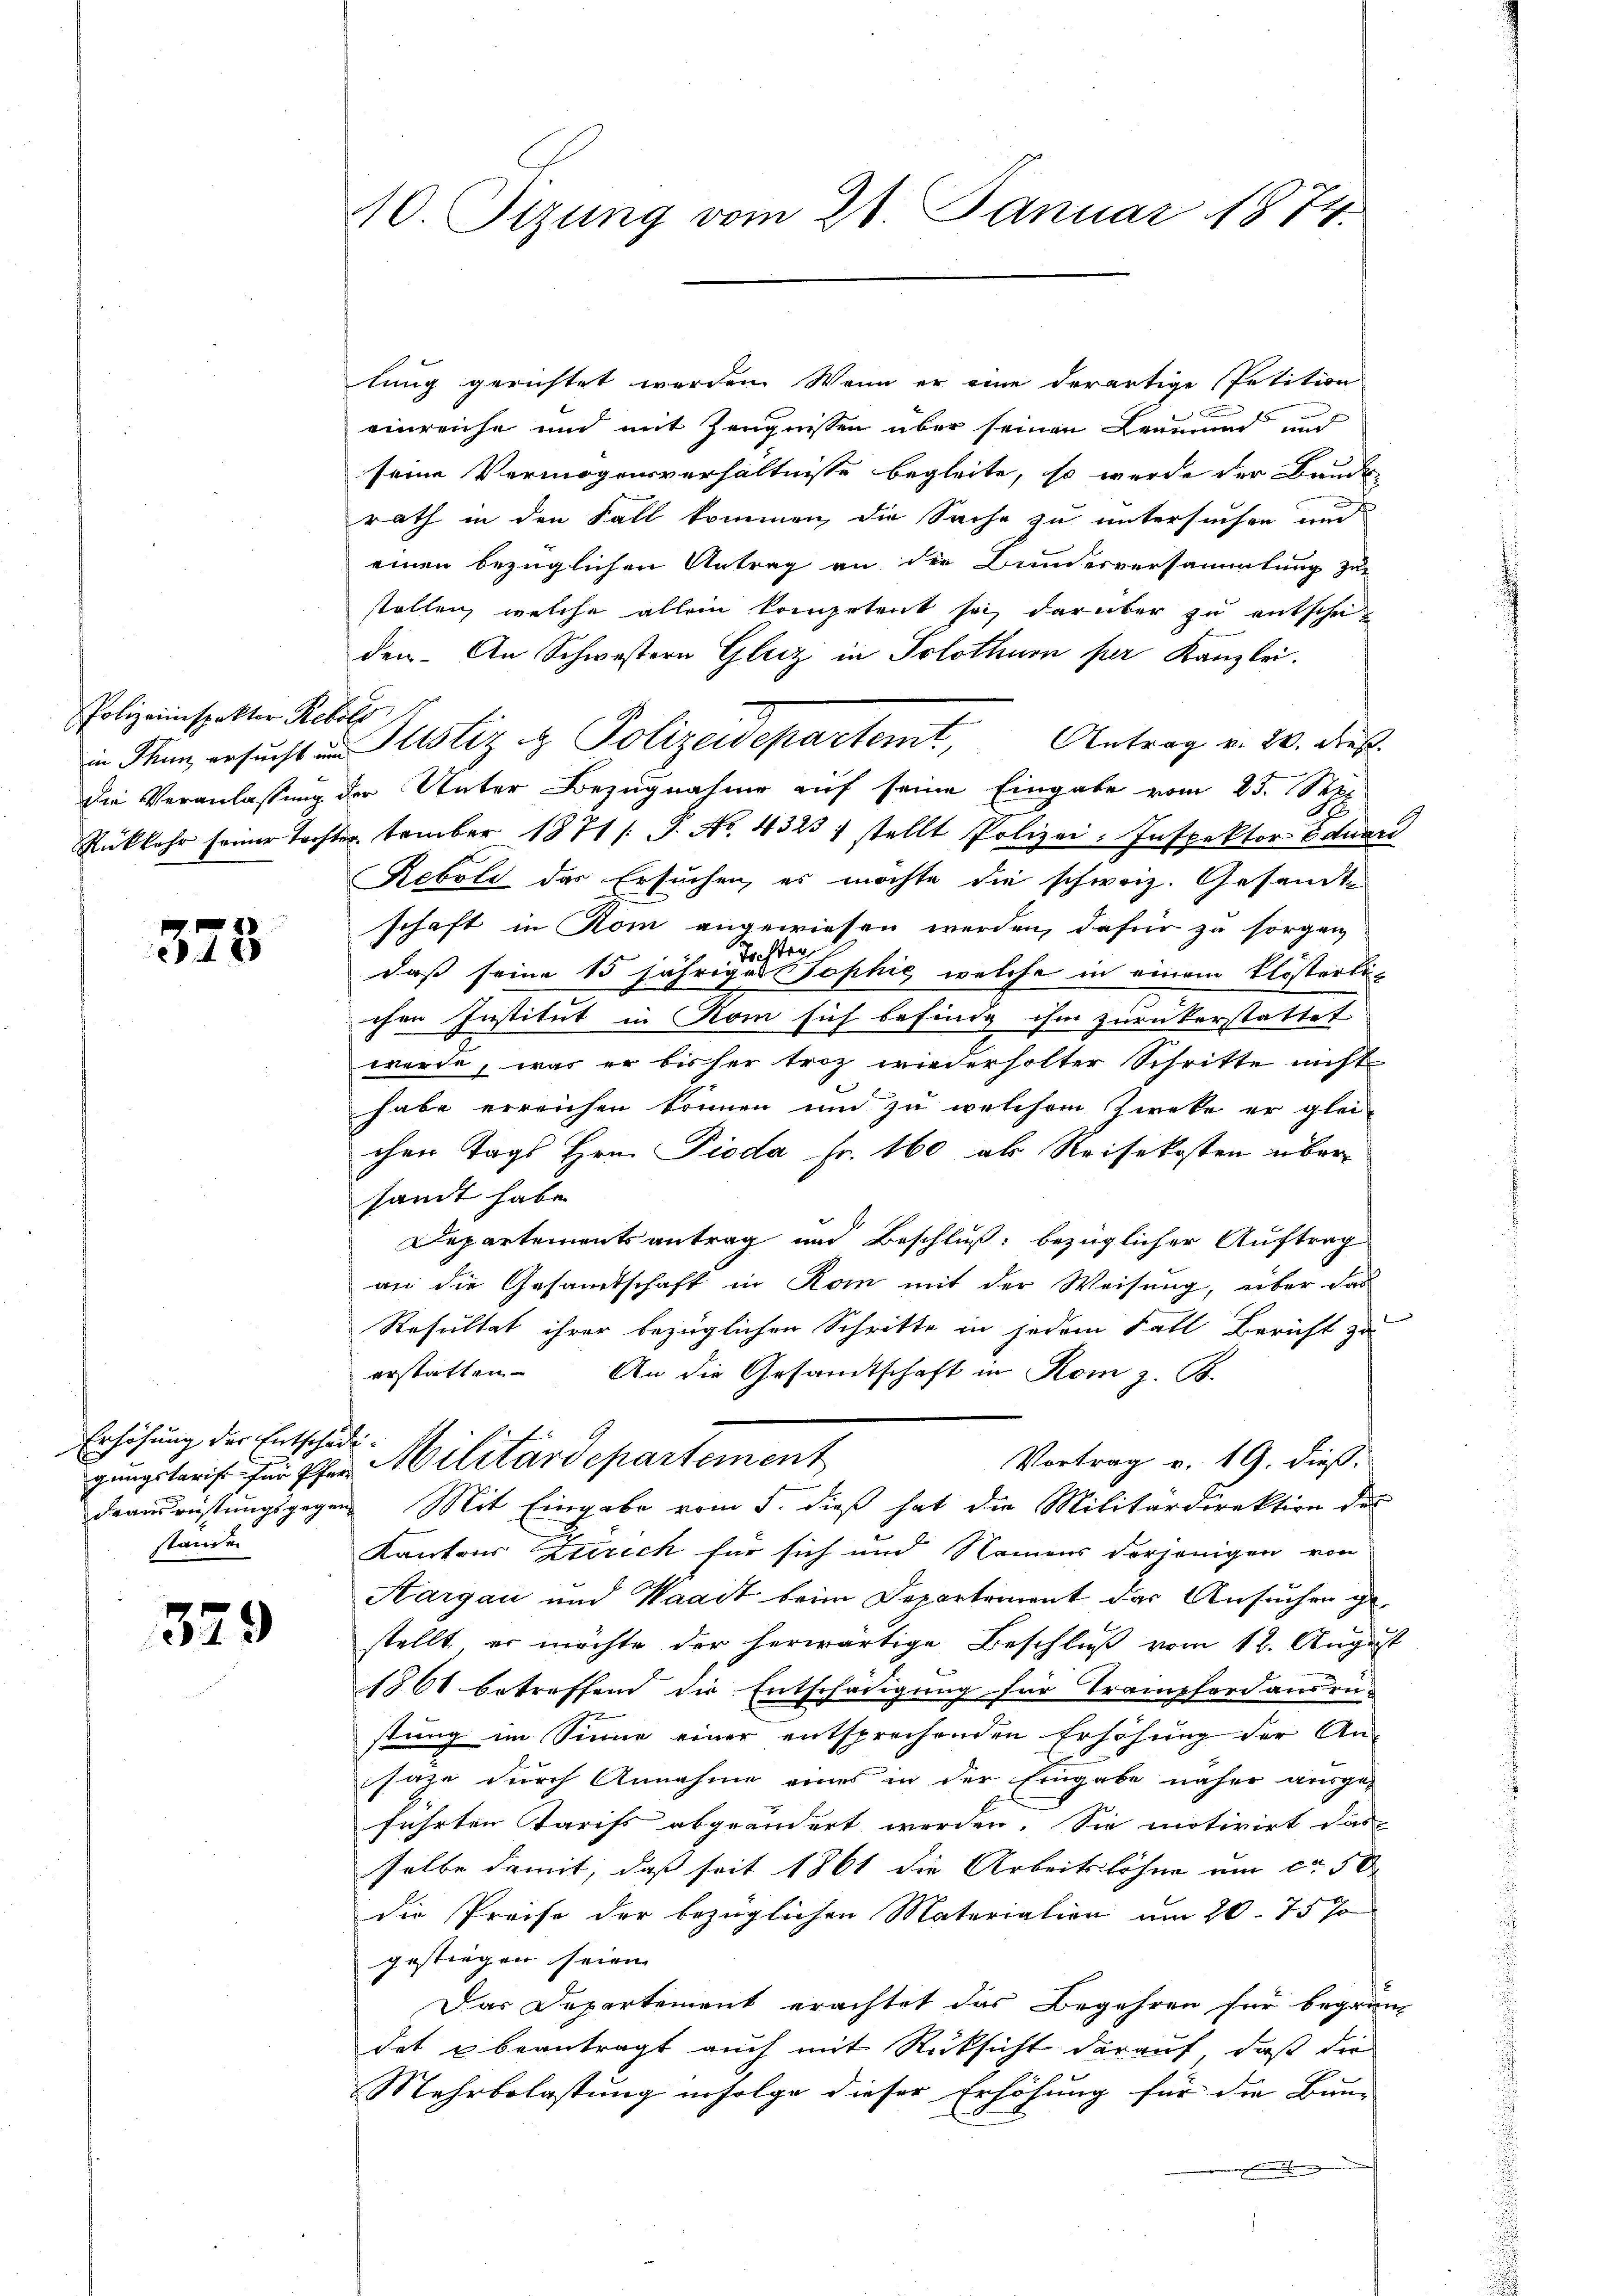
Polizeiinspektor Rebold

378

Erhöhung der Entschädistanden

379

10. Sizung vom 21. Januar 1874.

lung gerichtet werden. Wenn er eine derartige Petition
einreiche und mit Zeugnissen über seinen Leumund und
seine Vermögensverhältnisse begleite, so werde der Baude
rath in den Fall kommen, die Sache zu untersuchen und
einen bezüglichen Antrag an die Bundesversammlung zu
stellen, welche allein kompetent sei, darüber zu entscheiden. An Schwestern Gleiz in Solothur per Kanzlei.
in Man ersŭcht in Pustiz & Polizeidepartemt, Antrag v. 20. dieß.
die Veranlassung der Unter Bezugnahme auf seine Eingabe vom 23. Sept
Rükkehr seiner Tochtertember 1871 /: P. No. 43237 stellt Polizei- Inspektor Eduard
Rebold das Ersuchen, es möchte die schweiz. Gesandte
schaft in Rom angewiesen werden, dafür zu sorgen,
Tochten
daß seine 15 jähriges Sophie welche in einem Klostertichen Institut in Rom sich befinde ihm zurückerstattet
werde, was er bisher troz wiederholter Schritte nicht
habe erreichen können und zu welchem Zieke er glei-
chen Tags Hrn. Pioda Fr. 160 als Reisekosten übersandt habe.
Departementsantrag und Beschluß: bezüglicher Auftrag
an die Gesamtschaft in Rom mit der Weisung, über das
Resultat ihrer bezüglichen Schritte in jedem Fall Bericht zu
erstatten. An die Gesandtschaft in Rom z. B.
Vortrag v. 19. dieß
gungskreis für Ihr Militärdepartement
drausrüstungsgegen Mit Eingabe vom 5. dieß hat die Militärdirektion des
Kantons Zürich für sich und Namens derjenigen von
Kargau und Waadt beim Departement der Ansuchen gestellt, er möchte der herwärtige Beschluß vom 12. August
1861 betreffend die Entschädigung für Trampferd ausrü-
stung im Sinne einer entsprechenden Erhöhung der Ansaze durch Annahme eines in der Eingabe näher ausge-
führten Tarifs abgeändert werden. Sie motivirt das
selbe damit, daß seit 1861 die Arbeitslöhne am ca 50
die Preise der bezüglichen Materiation um 20. 75 Jo
gestiegen seien.
Das Departement erachtet das Begehren für begründet u beantragt auch mit Rücksicht darauf, daß die
Mehrbelastung infolge dieser Erhöhung für die Bun¬